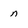
Character: n